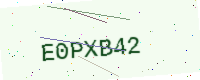
Text: E0PXB42